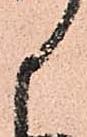
候